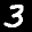
Label: 3